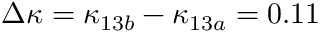
\Delta \kappa = \kappa _ { 1 3 b } - \kappa _ { 1 3 a } = 0 . 1 1